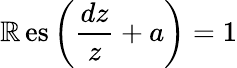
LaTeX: \operatorname{\mathbb{R}es}\left({\frac{{dz}}{{z}}}+a\right)=1